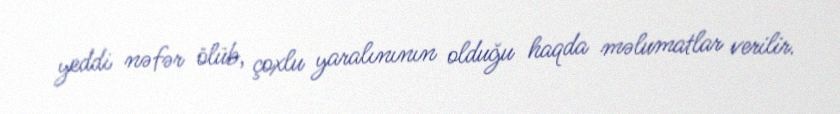
yeddi nəfər ölüb, çoxlu yaralınının olduğu haqda məlumatlar verilir.